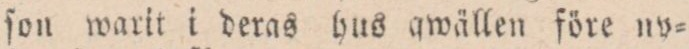
ſon warit i deras hus qwällen före ny=